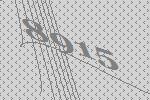
8915